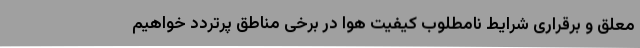
معلق و برقراری شرایط نامطلوب کیفیت هوا در برخی مناطق پرتردد خواهیم